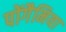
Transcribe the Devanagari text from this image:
पोंगैमिया